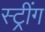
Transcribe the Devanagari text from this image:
स्ट्रींग